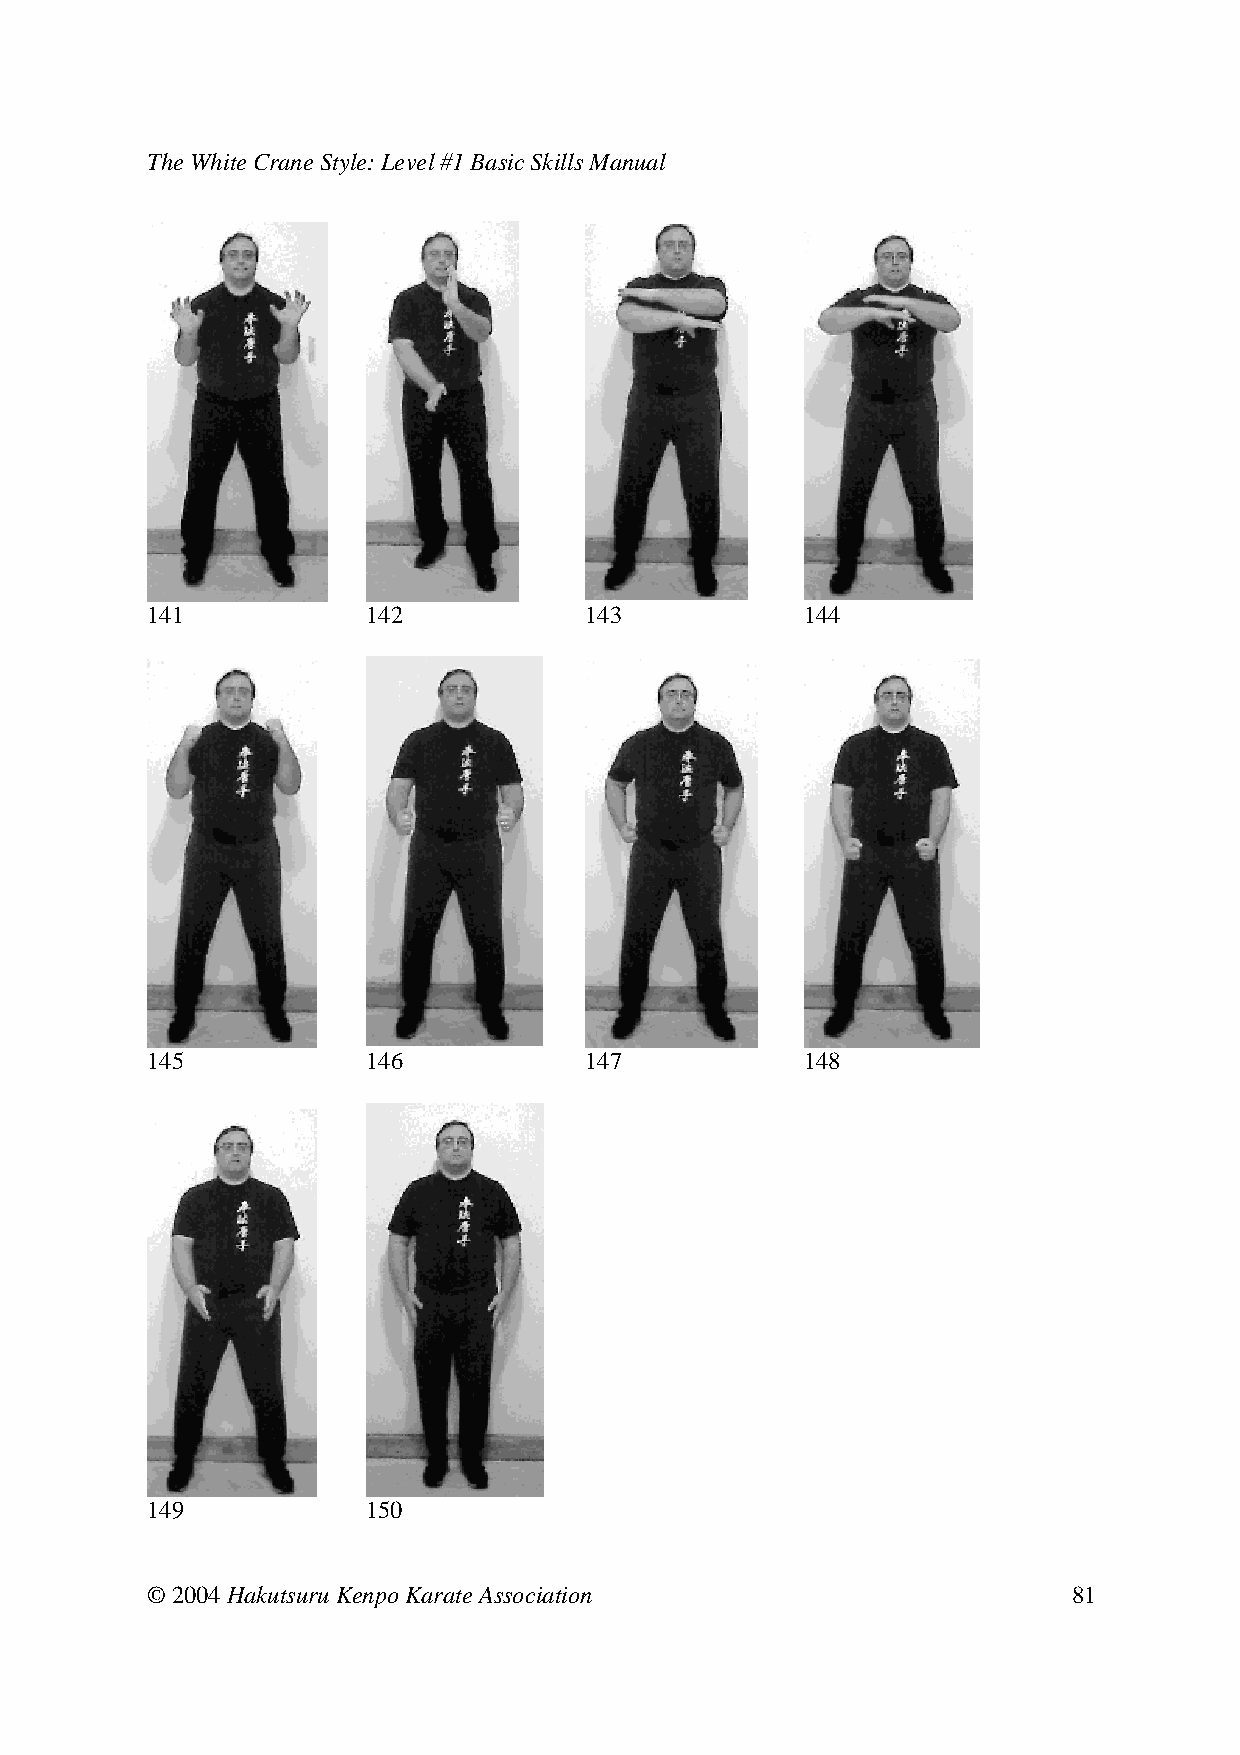
The White Crane Style: Level #1 Basic Skills Manual
 141     142     143     144
 145     146     147     148
 149     150
 © 2004 Hakutsuru Kenpo Karate Association                    81